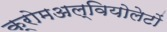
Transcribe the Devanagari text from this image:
क्रोमअल्वियोलेटों